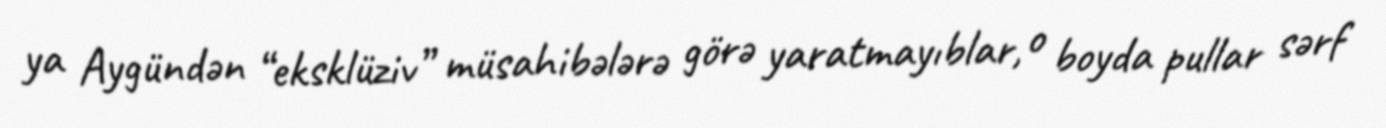
ya Aygündən “eksklüziv” müsahibələrə görə yaratmayıblar, o boyda pullar sərf